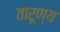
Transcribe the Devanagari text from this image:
तारूण्य